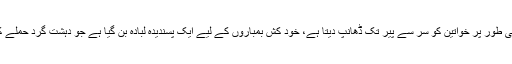
برقعه جسے چادری بھی کہتے ہیں جو روایتی طور پر خواتین کو سر سے پیر تک ڈھانپ دیتا ہے، خود کش بمباروں کے لیے ایک پسندیدہ لبادہ بن گیا ہے جو دہشت گرد حملے کرنے کے لیے عورتوں کا بھیس بدلتے ہیں ۔